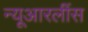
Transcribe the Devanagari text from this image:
न्यूआरलींस